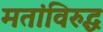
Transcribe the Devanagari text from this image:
मतांविरुद्ध